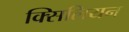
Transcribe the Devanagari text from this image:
क्सिलियन